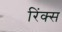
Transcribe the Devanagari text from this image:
रिंक्स